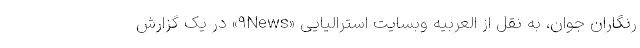
رنگاران جوان، به نقل از العربیه وبسایت استرالیایی «۹News» در یک گزارش